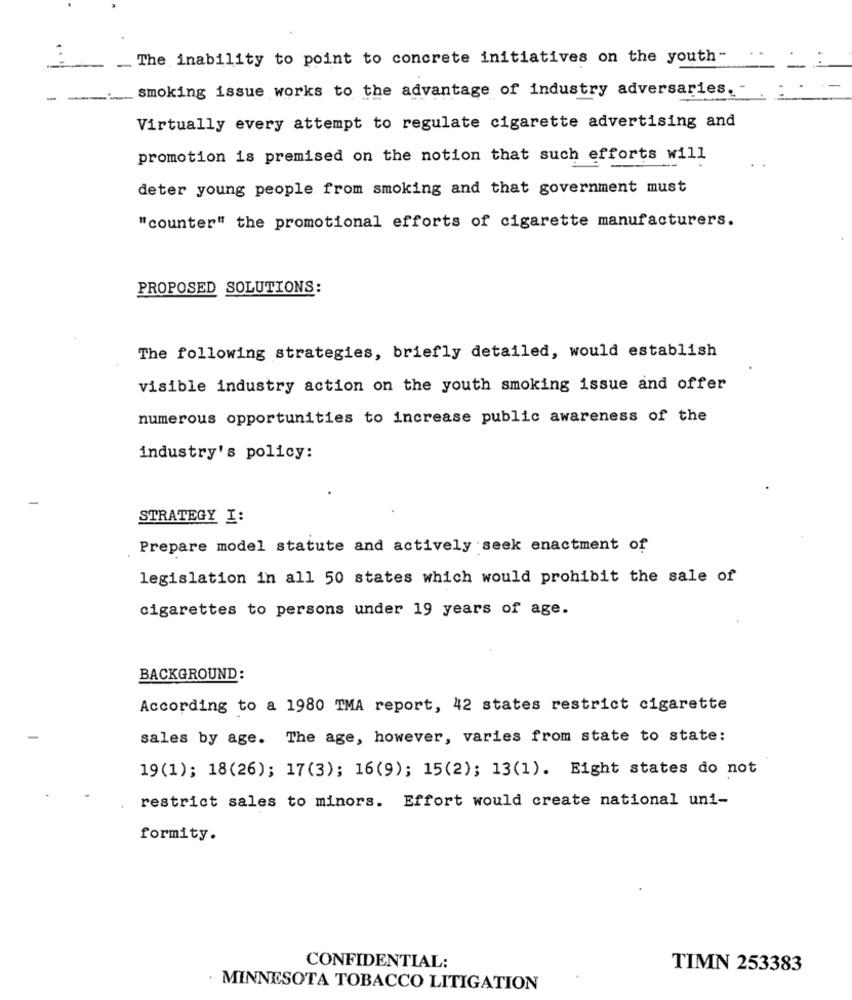
The inability to point to concrete initiatives on the youth-
smoking issue works to the advantage of industry adversaries.
Virtually every attempt to regulate cigarette advertising and
promotion is premised on the notion that such efforts will
deter young people from smoking and that government must
"counter" the promotional efforts of cigarette manufacturers.
PROPOSED SOLUTIONS:
The following strategies, briefly detailed, would establish
visible industry action on the youth smoking issue and offer
numerous opportunities to increase public awareness of the
industry's policy:
STRATEGY I:
Prepare model statute and actively seek enactment of
legislation in all 50 states which would prohibit the sale of
cigarettes to persons under 19 years of age.
BACKGROUND:
According to a 1980 TMA report, 42 states restrict cigarette
sales by age. The age, however, varies from state to state:
19(1); 18(26); 17(3); 16(9); 15(2); 13(1). Eight states do not
restrict sales to minors. Effort would create national uni-
formity.
CONFIDENTIAL:
TIMN 253383
MINNESOTA TOBACCO LITIGATION